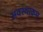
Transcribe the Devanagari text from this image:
अवस्थाक्रम